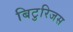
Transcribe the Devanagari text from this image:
बिटुरिजस